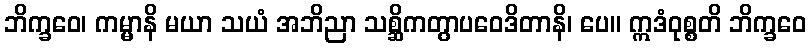
ဘိက္ခဝေ၊ ကမ္မာနိ မယာ သယံ အဘိညာ သစ္ဆိကတွာပဝေဒိတာနိ၊ ပေ။ ဣဒံဝုစ္စတိ ဘိက္ခဝေ